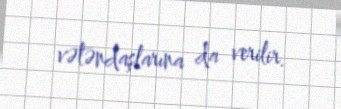
vətəndaşlarına da verilir.